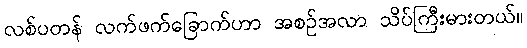
လစ်ပတန် လက်ဖက်ခြောက်ဟာ အစဉ်အလာ သိပ်ကြီးမားတယ်။